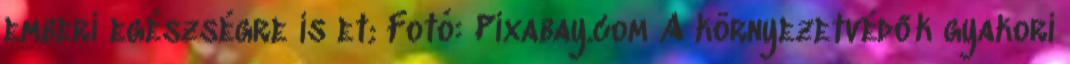
emberi egészségre is et; Fotó: Pixabay.com A környezetvédők gyakori